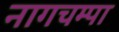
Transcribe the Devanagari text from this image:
नागचम्पा